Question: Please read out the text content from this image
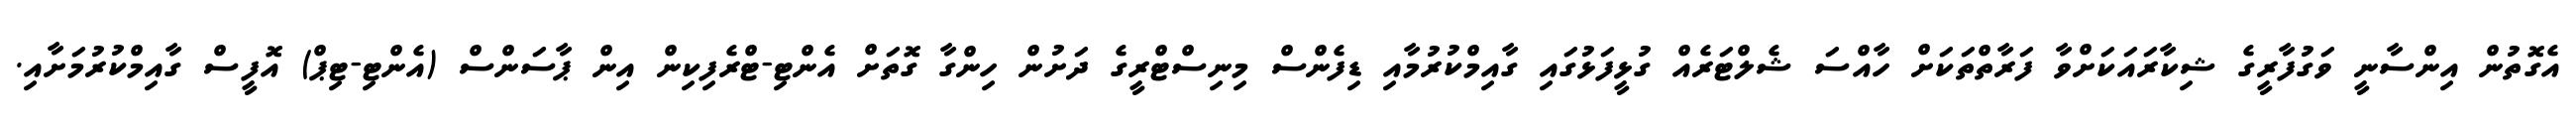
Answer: އެގޮތުން އިންސާނީ ވަގުފާރީގެ ޝިކާރައަކަށްވާ ފަރާތްތަކަށް ހާއްސަ ޝެލްޓަރެއް ގުޅީފަޅުގައި ގާއިމްކުރުމާއި ޑިފެންސް މިނިސްޓްރީގެ ދަށުން ހިންގާ ގޮތަށް އެންޓި-ޓްރެފިކިން އިން ޕާސަންސް (އެންޓި-ޓިޕް) އޮފީސް ގާއިމްކުރުމަށާއި.